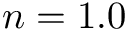
n = 1 . 0